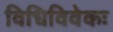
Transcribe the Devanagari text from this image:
विधिविवेकः